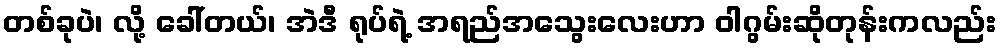
တစ်ခုပဲ၊ လို့ ခေါ်တယ်၊ အဲဒီ ရုပ်ရဲ့ အရည်အသွေးလေးဟာ ဝါဂွမ်းဆိုတုန်းကလည်း